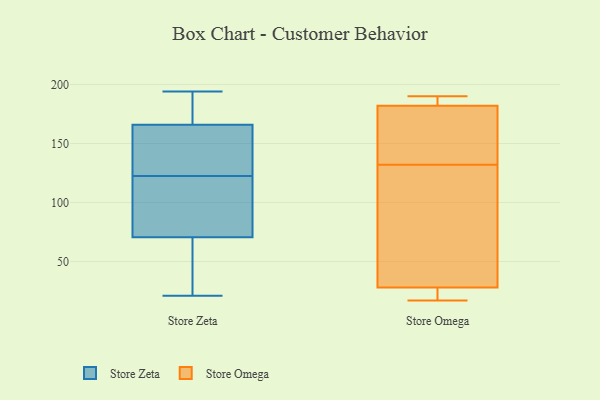
{"axis": {"x": "Conversion Rate (%)", "y": "Value"}, "legend": ["Store Omega", "Store Zeta"], "data": [{"x": "", "y": 87, "type": "Store Zeta"}, {"x": "", "y": 140, "type": "Store Zeta"}, {"x": "", "y": 35, "type": "Store Zeta"}, {"x": "", "y": 167, "type": "Store Zeta"}, {"x": "", "y": 194, "type": "Store Zeta"}, {"x": "", "y": 187, "type": "Store Zeta"}, {"x": "", "y": 21, "type": "Store Zeta"}, {"x": "", "y": 122, "type": "Store Zeta"}, {"x": "", "y": 123, "type": "Store Zeta"}, {"x": "", "y": 165, "type": "Store Zeta"}, {"x": "", "y": 83, "type": "Store Zeta"}, {"x": "", "y": 58, "type": "Store Zeta"}, {"x": "", "y": 142, "type": "Store Omega"}, {"x": "", "y": 22, "type": "Store Omega"}, {"x": "", "y": 190, "type": "Store Omega"}, {"x": "", "y": 137, "type": "Store Omega"}, {"x": "", "y": 181, "type": "Store Omega"}, {"x": "", "y": 102, "type": "Store Omega"}, {"x": "", "y": 21, "type": "Store Omega"}, {"x": "", "y": 30, "type": "Store Omega"}, {"x": "", "y": 32, "type": "Store Omega"}, {"x": "", "y": 185, "type": "Store Omega"}, {"x": "", "y": 132, "type": "Store Omega"}, {"x": "", "y": 188, "type": "Store Omega"}, {"x": "", "y": 17, "type": "Store Omega"}]}